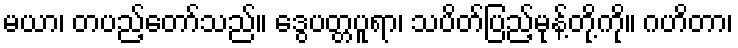
မယာ၊ တပည့်တော်သည်။ ဒွေပတ္တပူရာ၊ သပိတ်ပြည့်မုန့်တို့ကို။ ဂဟိတာ၊